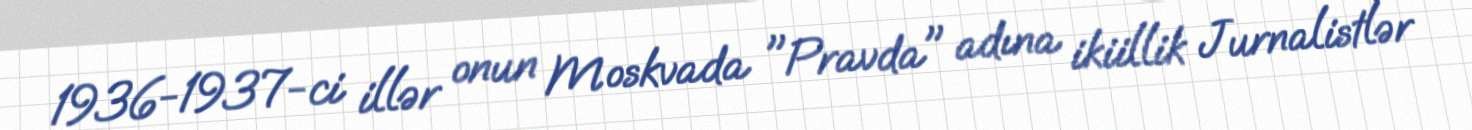
1936-1937-ci illər onun Moskvada "Pravda" adına ikiillik Jurnalistlər